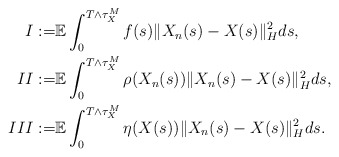
\begin{align*}I := & \mathbb{E} \int_0^{T\wedge\tau_{X}^M} f(s) \Vert X_n(s) - X(s) \Vert_H^2 ds ,\\II := & \mathbb{E} \int_0^{T\wedge\tau_{X}^M} \rho(X_n(s)) \Vert X_n(s) - X(s) \Vert_H^2 ds ,\\III := & \mathbb{E} \int_0^{T\wedge\tau_{X}^M} \eta(X(s)) \Vert X_n(s) - X(s) \Vert_H^2 ds .\end{align*}